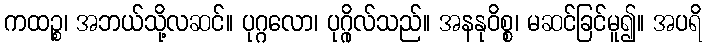
ကထဉ္စ၊ အဘယ်သို့လဆင်။ ပုဂ္ဂလော၊ ပုဂ္ဂိုလ်သည်။ အနနုဝိစ္စ၊ မဆင်ခြင်မူ၍။ အပရိ